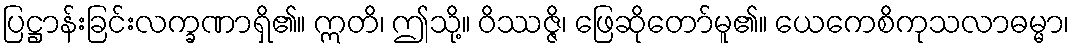
ပြဋ္ဌာန်းခြင်းလက္ခဏာရှိ၏။ ဣတိ၊ ဤသို့။ ဝိဿဇ္ဇိ၊ ဖြေဆိုတော်မူ၏။ ယေကေစိကုသလာဓမ္မာ၊